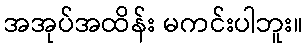
အအုပ်အထိန်း မကင်းပါဘူး။